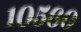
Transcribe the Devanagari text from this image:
१०५६०